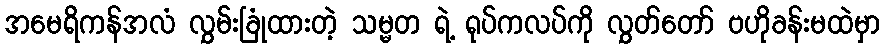
အမေရိကန်အလံ လွှမ်းခြုံထားတဲ့ သမ္မတ ရဲ့ ရုပ်ကလပ်ကို လွှတ်တော် ဗဟိုခန်းမထဲမှာ